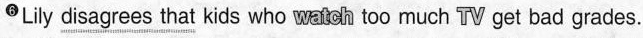
6·Lily \underline{disagrees that} kids who watoh too much TV get bad grades.